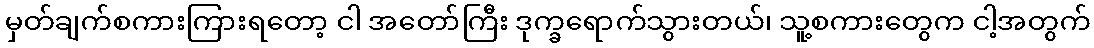
မှတ်ချက်စကားကြားရတော့ ငါ အတော်ကြီး ဒုက္ခရောက်သွားတယ်၊ သူ့စကားတွေက ငါ့အတွက်